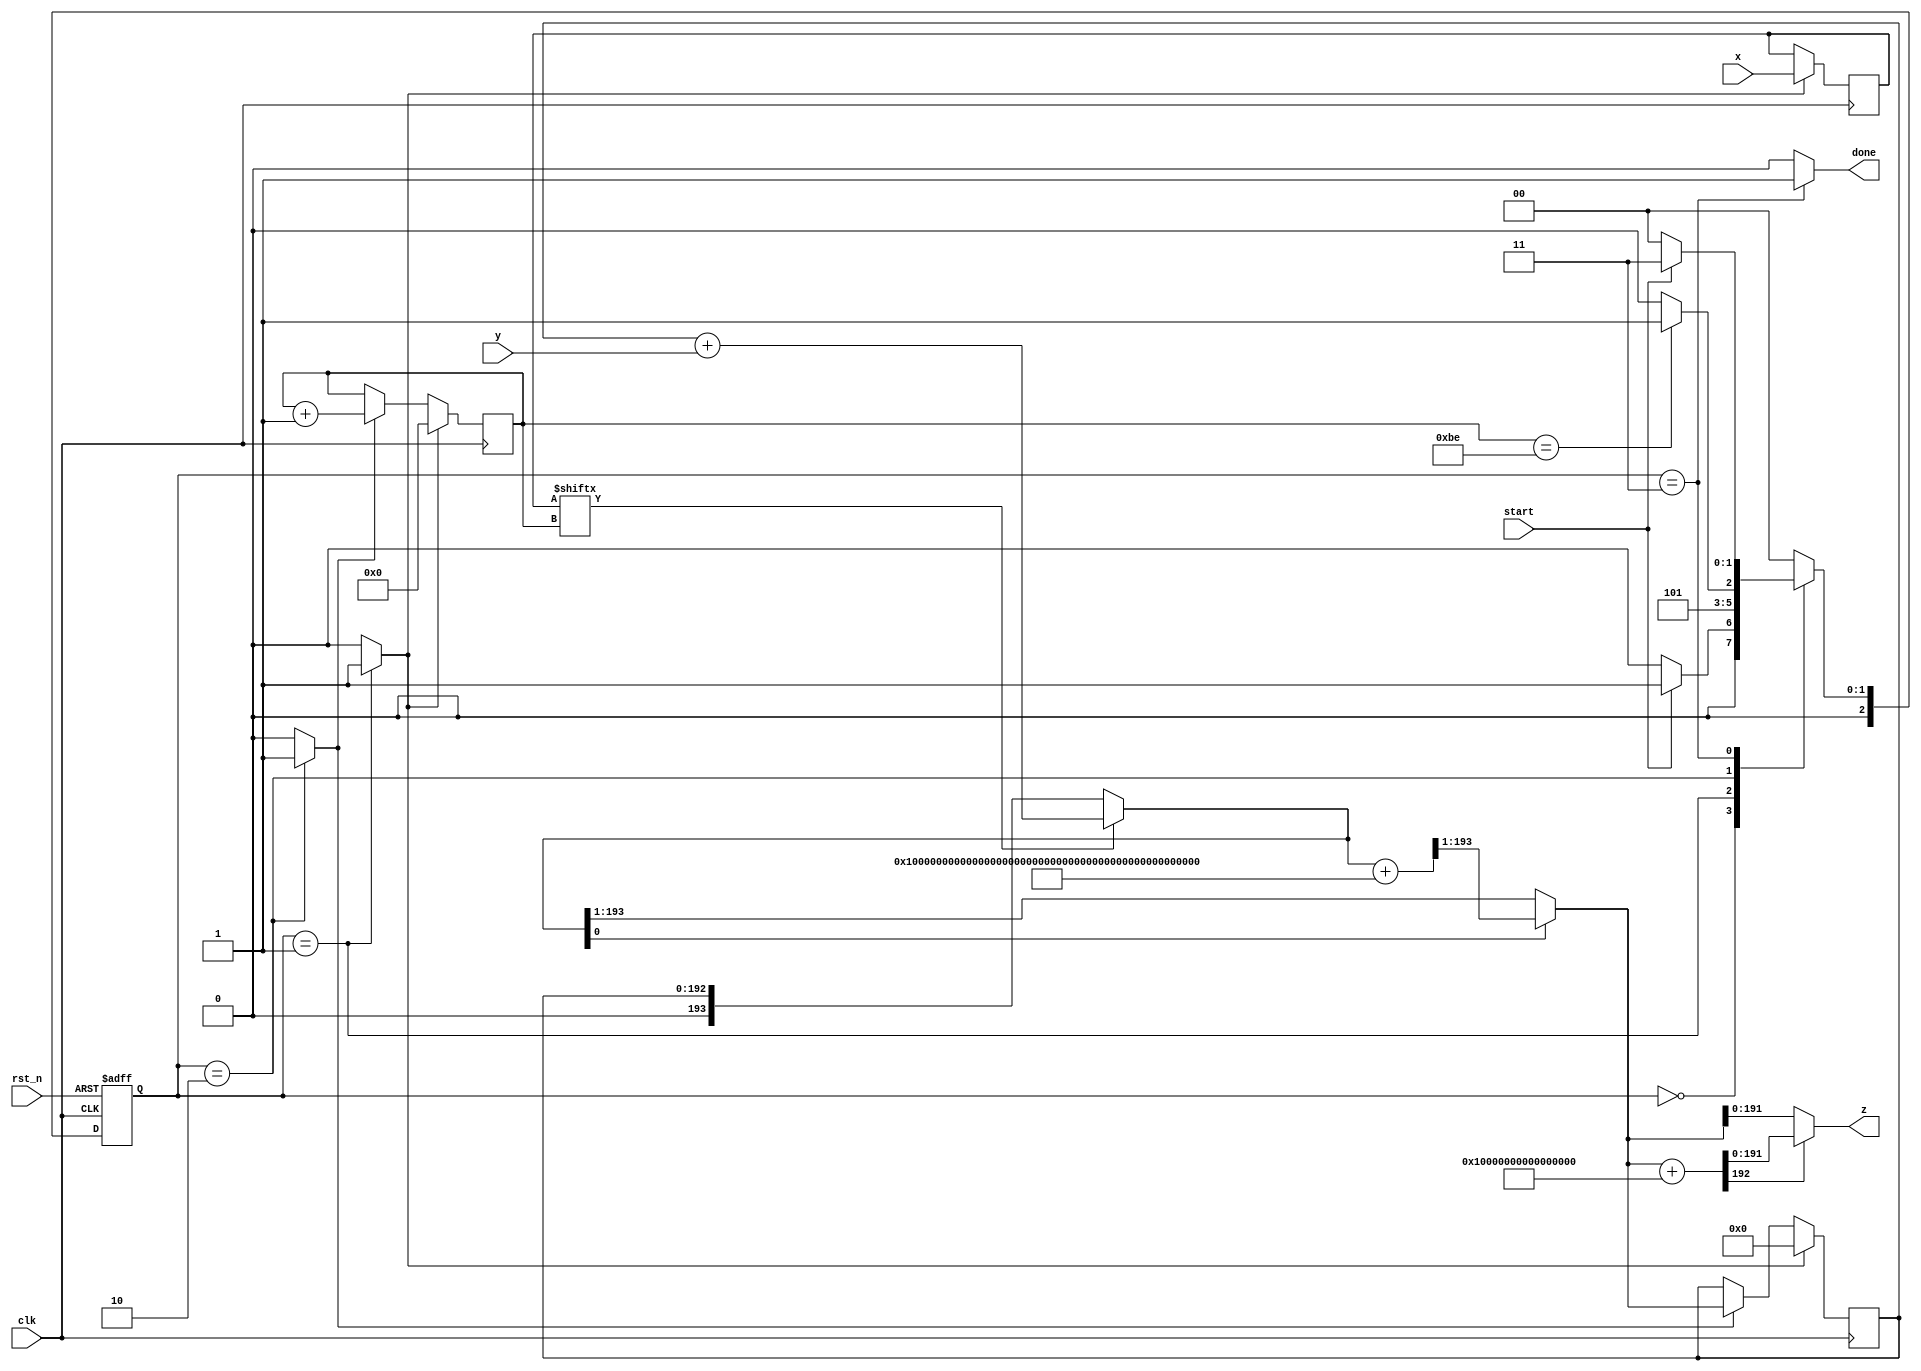
module mod_mul (
        input [k-1:0] x,
        input [k-1:0] y,
        input clk,
        input rst_n,
        input start,
        output [k-1:0] z,
        output done
    );


    parameter k = 192;
    parameter logk = 8;
    parameter m = 192'hfffffffffffffffffffffffffffffffeffffffffffffffff;
    localparam minus_m = {1'b0, ~m+1'b1};

    localparam IDLE = 3'd0, LOAD = 3'd1, UPDATE = 3'd2, ENDING = 3'd3;

    reg load, update, done;
    reg [2:0] current_state, next_state;

    // Func: counter
    reg [logk-1:0] count;
    always @(posedge clk) begin : counter
        if (load) begin
            count <= 0;
        end
        else if (update) begin
            count <= count + 1'b1;
        end
    end

    // load: 加载x
    reg [k-1:0] reg_x;
    always @(posedge clk) begin : shift_register
        if (load) begin
            reg_x = x;
        end
    end
    wire xi;
    assign xi = reg_x[count];

    // 0 <=  p < 2m, 所以比m多一个位，k+1
    reg [k:0] p;
    // Func: a = p + y*xi
    // xi = 1 时， y*xi = y; xi = 0 时， y*xi = 0
    // p 是(k+1)位， y是k位， 所以 a最多是(k+2)位
    wire [k+1:0] a;
    assign a = xi? (p + y) : p;

    // 由于 p是由a/2或b/2得来的，而p最多是k+1位，所以b最多是k+2位
    // Func: b = a + m
    wire [k+1:0] b;
    assign b = a + m;

    // Func: if (a mod 2) = 0 then p = a/2; else p = b/2;
    wire [k:0] half_a, half_b;
    assign half_a = a[k+1:1], half_b = b[k+1:1];
    wire [k:0] next_p;
    assign next_p = (a[0] == 1'b0) ? half_a : half_b;

    // Func: load: p赋初值0， update: 更新p
    always @(posedge clk) begin : parallel_register
        if (load) begin
            p = 'b0;
        end
        else if (update) begin
            p = next_p;
        end
    end

    // Note: p_minus_m = p + 2^k - m = 2^k + (p-m)
    // Note: p-m < 0时, p_minus_m[k] = 0 ,我们要输出p
    // Note: m > p-m > 0时, p_minus_m[k] = 1 ,我们要输出p-m
    // Note: z < m, 所以只取前k位
    // Func: if p >= m, z = p-m; else z = p
    wire [k:0] p_minus_m;
    assign p_minus_m = next_p + minus_m;
    assign z = (p_minus_m[k] == 1'b0) ? next_p[k-1:0] : p_minus_m[k-1:0];

    // FSM-1
    always @(posedge clk, negedge rst_n) begin : proc_current_state
        if (~rst_n) begin
            current_state <= IDLE;
        end
        else begin
            current_state <= next_state;
        end
    end

    // FSM-2
    always @(*) begin
        case (current_state)
            IDLE:
                next_state = start ? LOAD : IDLE;
            LOAD:
                next_state = UPDATE;
            UPDATE: // update 0~190，共191次，加上LOAD初始化为1，共192次
                next_state = count == (k-2) ? ENDING : UPDATE;
            ENDING:
                next_state = start ? ENDING : IDLE;
            default:
                next_state = IDLE;
        endcase
    end

    // FSM-3
    always @(*) begin
        case (current_state)
            IDLE: begin
                load = 1'b0;
                update = 1'b0;
                done = 1'b0;
            end

            LOAD: begin
                load = 1'b1;
                update = 1'b0;
                done = 1'b0;
            end

            UPDATE: begin
                load = 1'b0;
                update = 1'b1;
                done = 1'b0;
            end

            ENDING: begin
                load = 1'b0;
                update = 1'b0;
                done = 1'b1;
            end

            default: begin
                load = 1'b0;
                update = 1'b0;
                done = 1'b0;
            end
        endcase
    end

endmodule